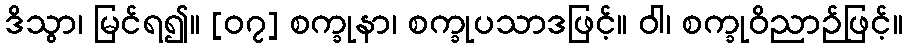
ဒိသွာ၊ မြင်ရ၍။ [၀၇] စက္ခုနာ၊ စက္ခုပသာဒဖြင့်။ ဝါ၊ စက္ခုဝိညာဉ်ဖြင့်။